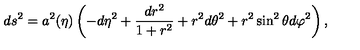
d s ^ { 2 } = a ^ { 2 } ( \eta ) \left( - d \eta ^ { 2 } + \frac { d r ^ { 2 } } { 1 + r ^ { 2 } } + r ^ { 2 } d \theta ^ { 2 } + r ^ { 2 } \sin ^ { 2 } \theta d \varphi ^ { 2 } \right) ,